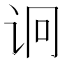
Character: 诇